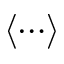
\langle \cdots \rangle